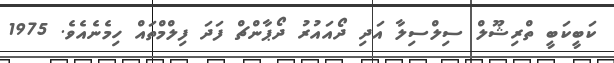
ކަބީކަބީ ތްރިޝޫލް ސިލްސިލާ އަދި ދޯއައުރު ދޯޕާންޗް ފަދަ ފިލްމްތައް ހިމެނެއެވެ. 1975